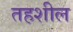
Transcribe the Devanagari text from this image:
तहशील